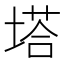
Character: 塔